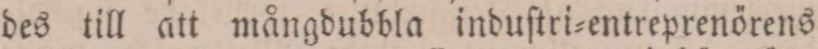
des till att mångdubbla induſtri=entreprenörens